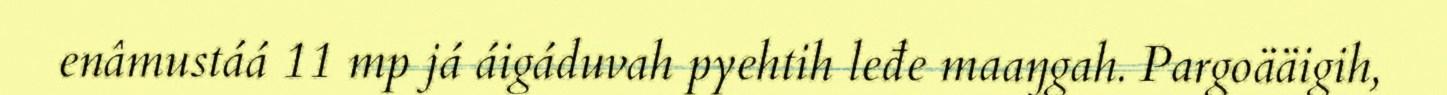
enâmustáá 11 mp já áigáduvah pyehtih leđe maaŋgah. Pargoääigih,